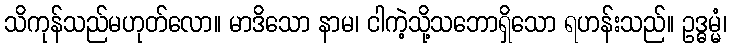
သိကုန်သည်မဟုတ်လော။ မာဒိသော နာမ၊ ငါကဲ့သို့သဘောရှိသော ရဟန်းသည်။ ဥဒ္ဓမ္မံ၊